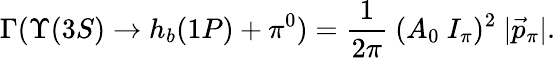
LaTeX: \Gamma(\Upsilon(3S)\rightarrow h_{b}(1P)+\pi^{0})={\frac{1}{2\pi}}~(A_{0}\ I_{\pi})^{2}{}~|\vec{p}_{\pi}|.